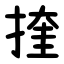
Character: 㨒